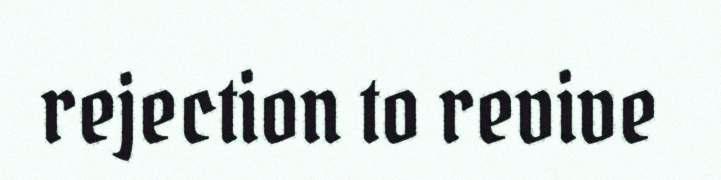
rejection to revive